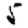
Digit: 5